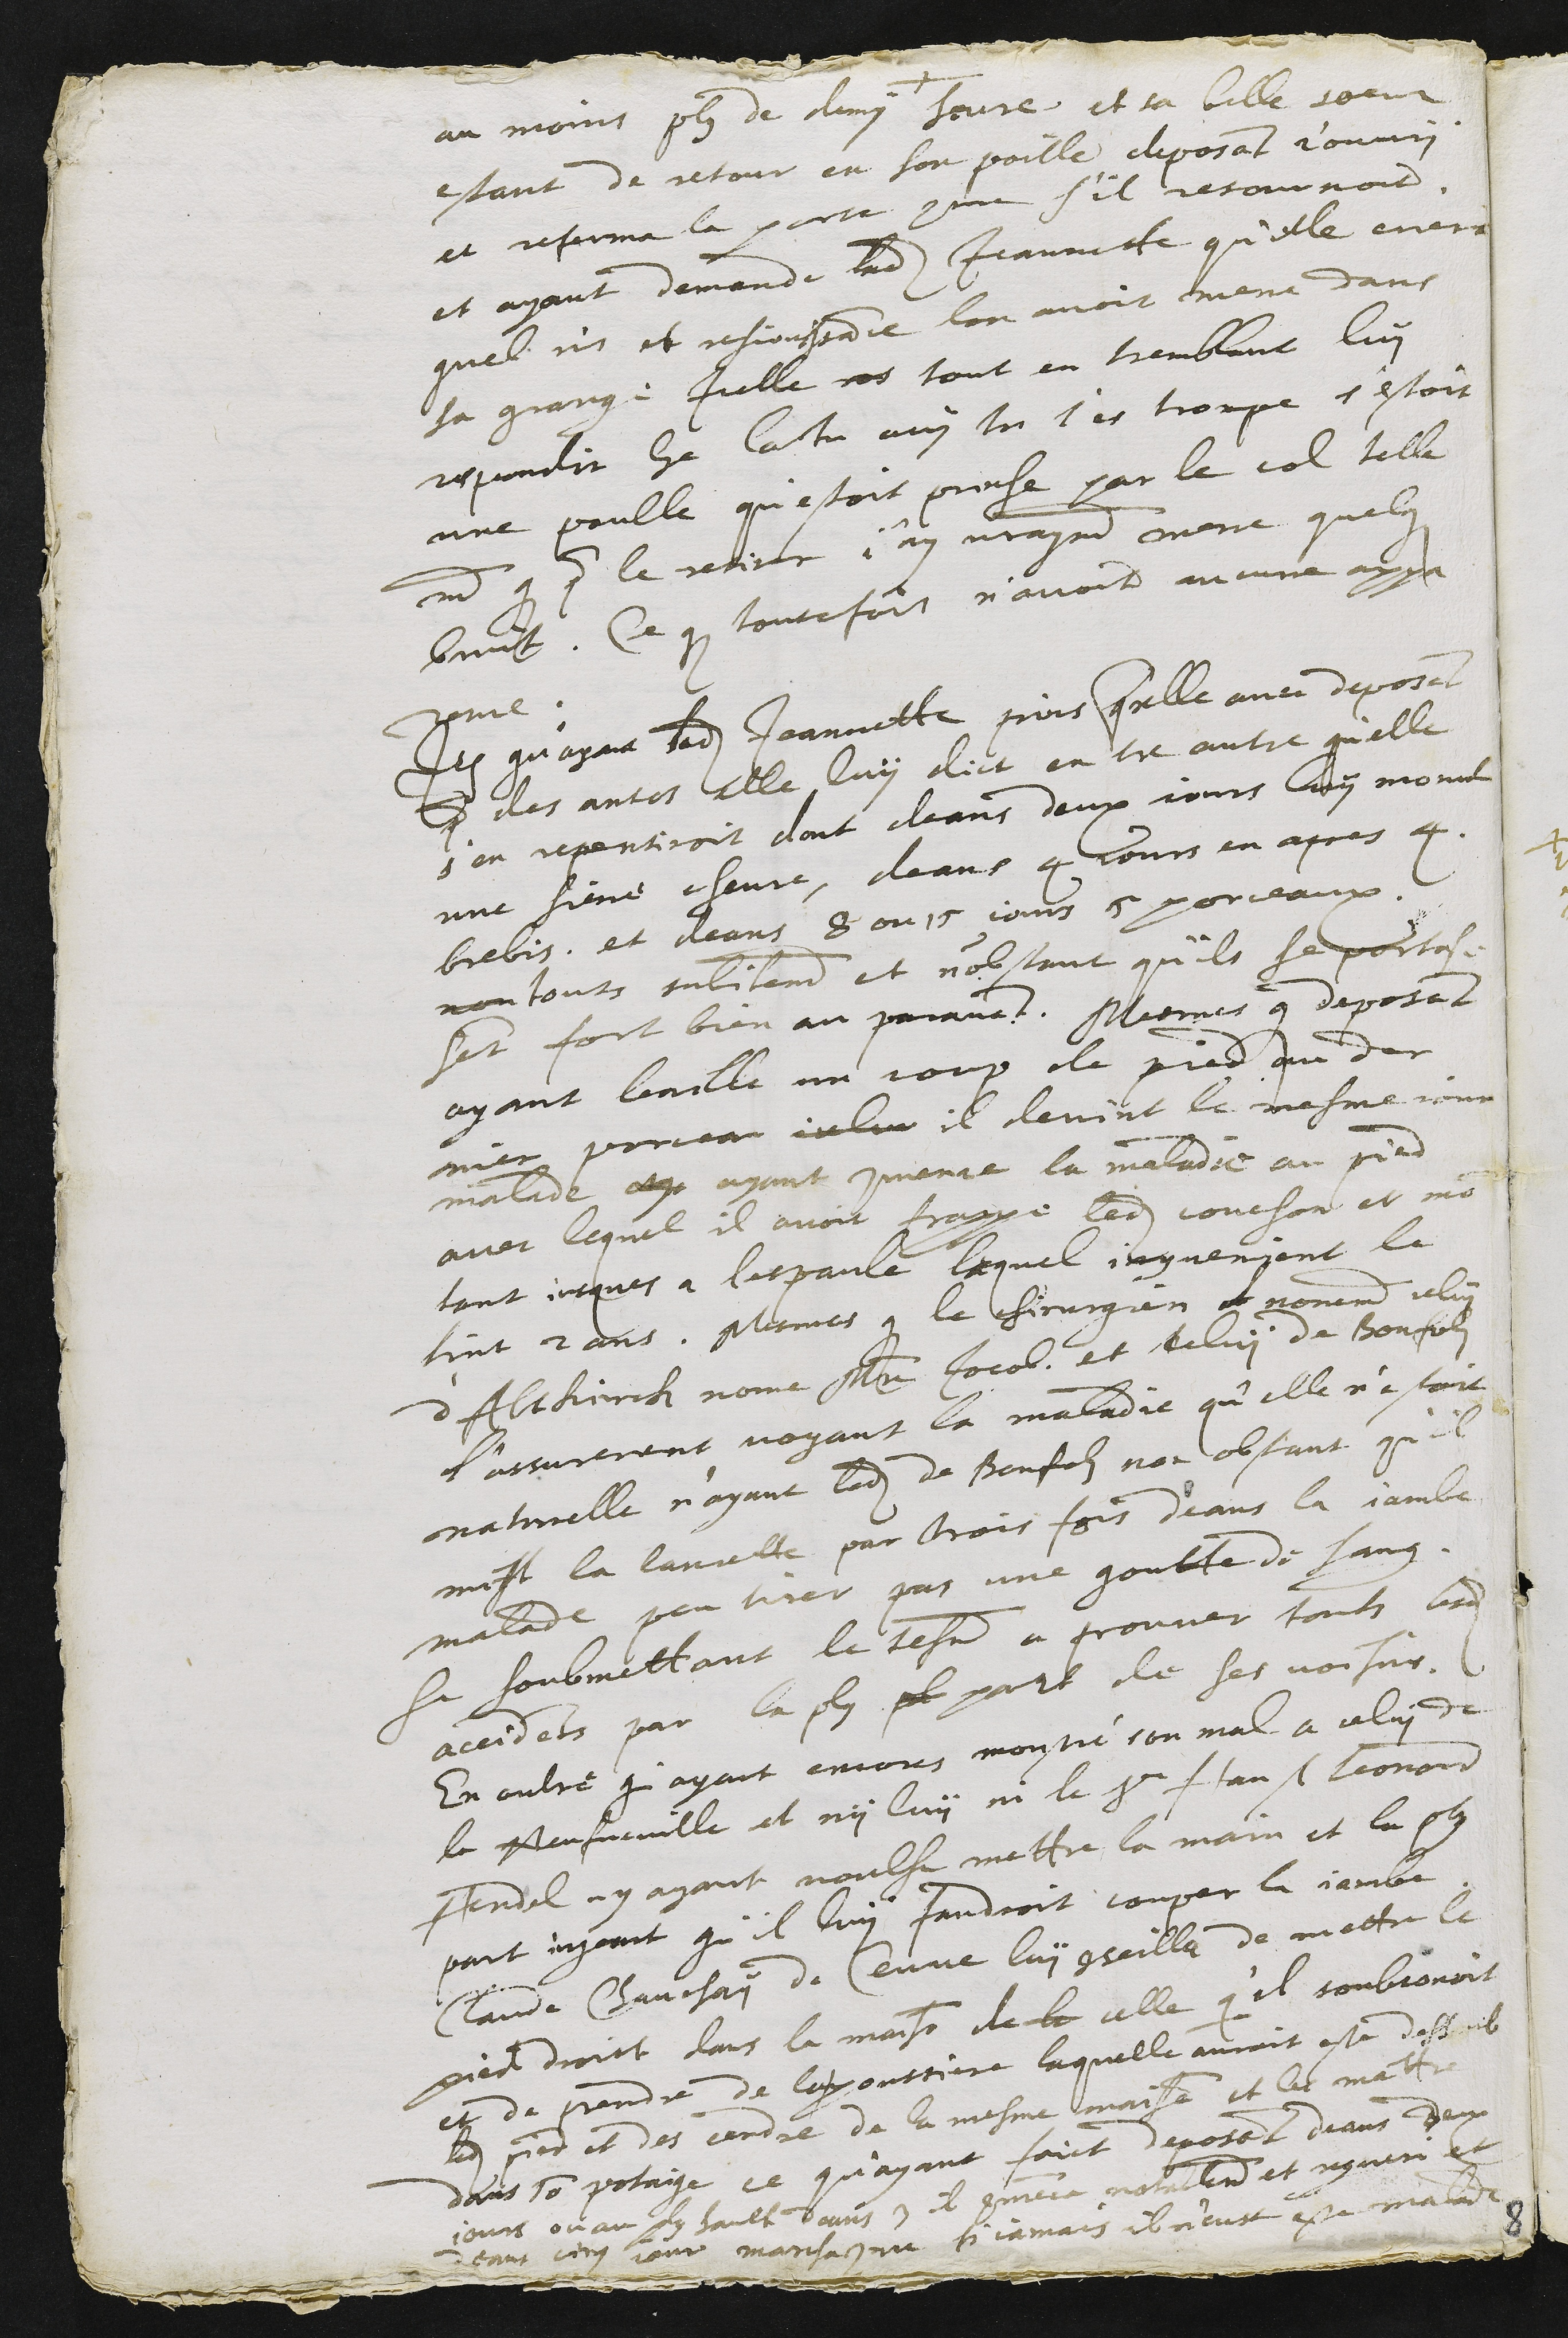
au moins plus de demi heure et sa belle soeur
estant de retour en son poille deposant r'ouvry
et referma la porte comme s'il retournoit
et ayant demande ladite Jeannette qu'elle criera
quel ris et resjouissance lon avoir mene dans
la grange Icelle res tout en tremblant luy
respondit ha las tu ouy tu t'es trompe s'estoit
une poulle qu'estoit prinse par le col telle
ment que pour le retirer j'ay vrayment mene quelque
bruit. Ce que toutefois n'avoir aucune appa
rance.
Item qu'ayant ladite Jeannette print querelle avec deposant
pour des antes elle luy dict entre autre qu'elle
s'en repentiroit dont deans deux jours luy morut
une siene chevre, deans 4 jours en apres 4
brebis et deans 8 ou 15 jours 5 porceaux.
non touts subitement et n'obstant qu'ils se portas-
sent fort bien auparavant. Mesmes que deposant
ayant baille un coup de pied au der
nier porceau icelui il devint le mesme jour
malade aye ayant commence la maladie au pied
avec lequel il avoit frappe ledit couchon et mon
tant jusques a lespaule lequel inconvenient le
tint 2 ans. Mesmes que le chirurgien et nomement celuy
d'Altkirch nome Maitre Jacob et celuy de Bonfols
l'assurerent voyant la maladie qu'elle n'estoit
naturelle n'ayant ledit de Bonfolz non obstant qu'il
mist la lancette par trois fois deans la jambe
malade peu tirer pas une goutte de sang.
Se soubmettant le tesmoin a prouver touts lesdits
accidents par la plus plu part de ses voisins.
En oultre qu'ayant encores monstré son mal a celui de
la Neufveville et ny luy ni le Sieur Hans Leonard
Hendel ny ayant voulsu mettre la main et la plus
part croyant qu'il luy faudroit couper la jambe.
Claude Chauchay de Ceuve luy conseilla de mettre le
pied droict dans la maison de la celle qu'il soubsonoit
et de prendre de la poussiere laquelle auroit este dessoub
ledit pied et des cendre de la mesme maison et les mettre
dans son potaige ce qu'ayant faict deposant deans deux
jours ou au plus hault deans 3 il commenca notablement et regueri et
deans cinq jours marcha comme si jamais il n'eust este malade